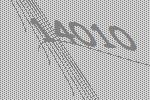
14010